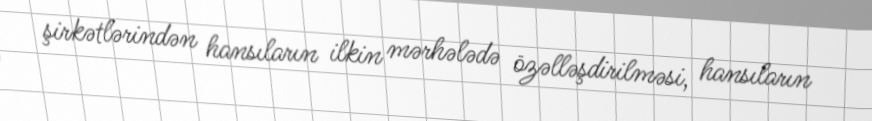
şirkətlərindən hansıların ilkin mərhələdə özəlləşdirilməsi, hansıların